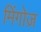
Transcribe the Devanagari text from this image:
मिंगोज़